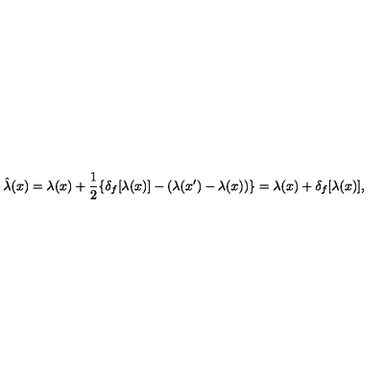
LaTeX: \hat { \lambda } ( x ) = \lambda ( x ) + \frac { 1 } { 2 } \{ \delta _ { f } [ \lambda ( x ) ] - ( \lambda ( x ^ { \prime } ) - \lambda ( x ) ) \} = \lambda ( x ) + \delta _ { f } [ \lambda ( x ) ] ,